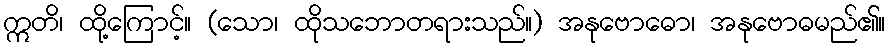
ဣတိ၊ ထို့ကြောင့်။ (သော၊ ထိုသဘောတရားသည်။) အနုဗောဓော၊ အနုဗောဓမည်၏။